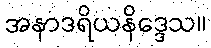
အနာဒရိယနိဒ္ဒေသ။